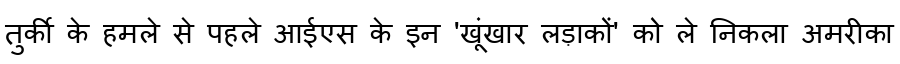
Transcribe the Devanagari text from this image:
तुर्की के हमले से पहले आईएस के इन 'खूंखार लड़ाकों' को ले निकला अमरीका